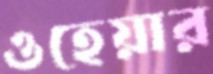
ওহেয়ার